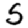
Digit: 5